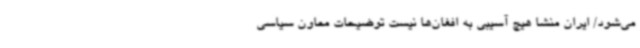
می‌شود/ ایران منشا هیچ آسیبی به افغان‌ها نیست توضیحات معاون سیاسی